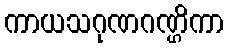
ကာယသဂုဏဂဏ္ဌိကာ